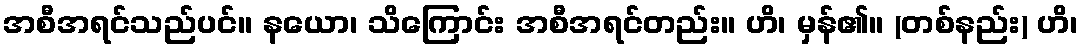
အစီအရင်သည်ပင်။ နယော၊ သိကြောင်း အစီအရင်တည်း။ ဟိ၊ မှန်၏။ (တစ်နည်း) ဟိ၊